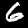
Label: 6